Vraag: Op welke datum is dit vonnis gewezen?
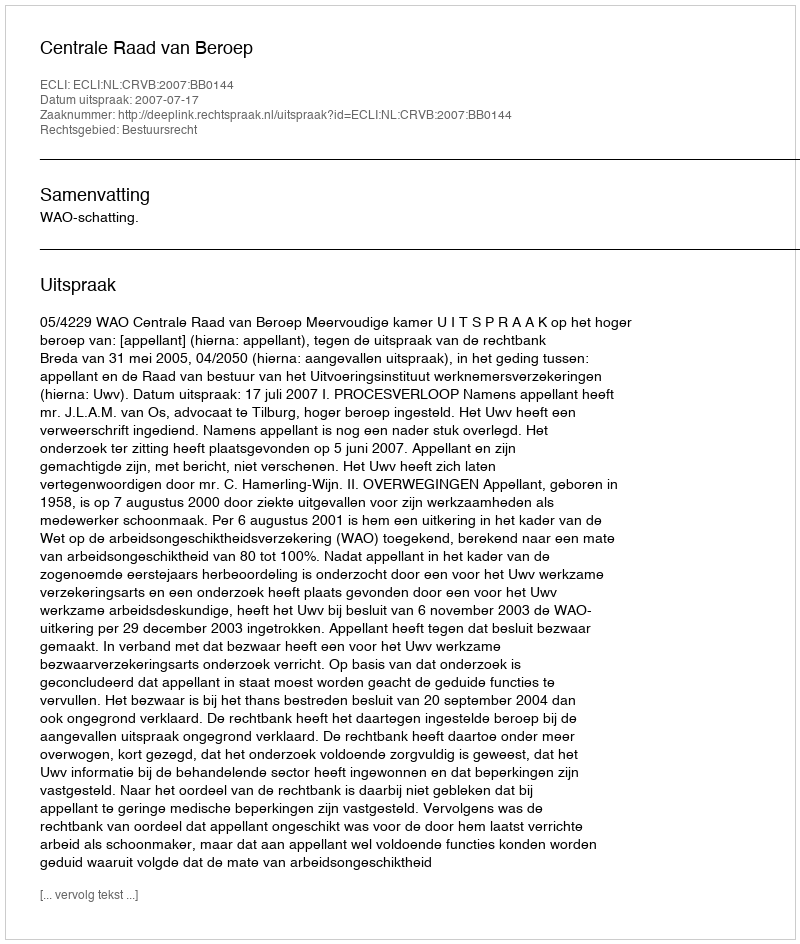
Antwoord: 2007-07-17